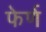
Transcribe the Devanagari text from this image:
फेर्ण